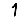
Digit: 1